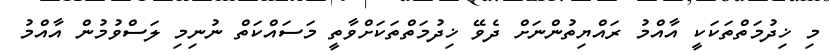
މި ޚިދުމަތްތަކަކީ އާއްމު ރައްޔިތުންނަށް ދެވޭ ޚިދުމަތްތަކަށްވާތީ މަސައްކަތް ނުނިމި ލަސްވުމުން އާއްމު